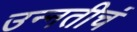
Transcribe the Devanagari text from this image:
उन्नतीचं